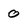
Character: 0